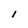
Character: 1